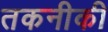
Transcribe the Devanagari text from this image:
तकनीकी